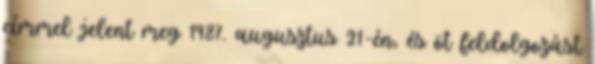
címmel jelent meg 1987. augusztus 21-én, és öt feldolgozást